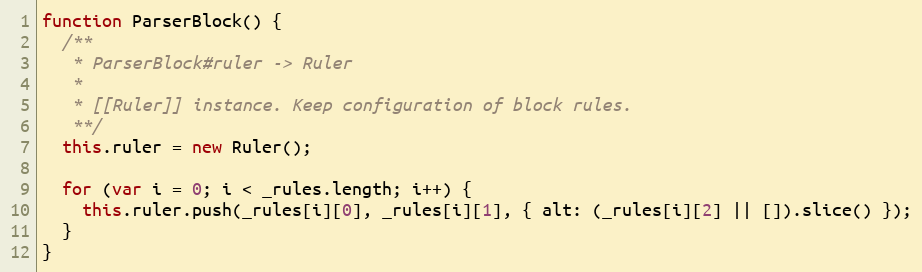
Language: JavaScript
function ParserBlock() {
  /**
   * ParserBlock#ruler -> Ruler
   *
   * [[Ruler]] instance. Keep configuration of block rules.
   **/
  this.ruler = new Ruler();

  for (var i = 0; i < _rules.length; i++) {
    this.ruler.push(_rules[i][0], _rules[i][1], { alt: (_rules[i][2] || []).slice() });
  }
}